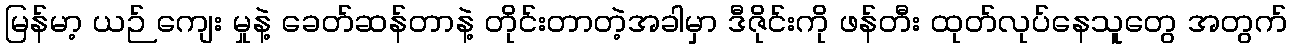
မြန်မာ့ ယဉ် ကျေး မှုနဲ့ ခေတ်ဆန်တာနဲ့ တိုင်းတာတဲ့အခါမှာ ဒီဇိုင်းကို ဖန်တီး ထုတ်လုပ်နေသူတွေ အတွက်